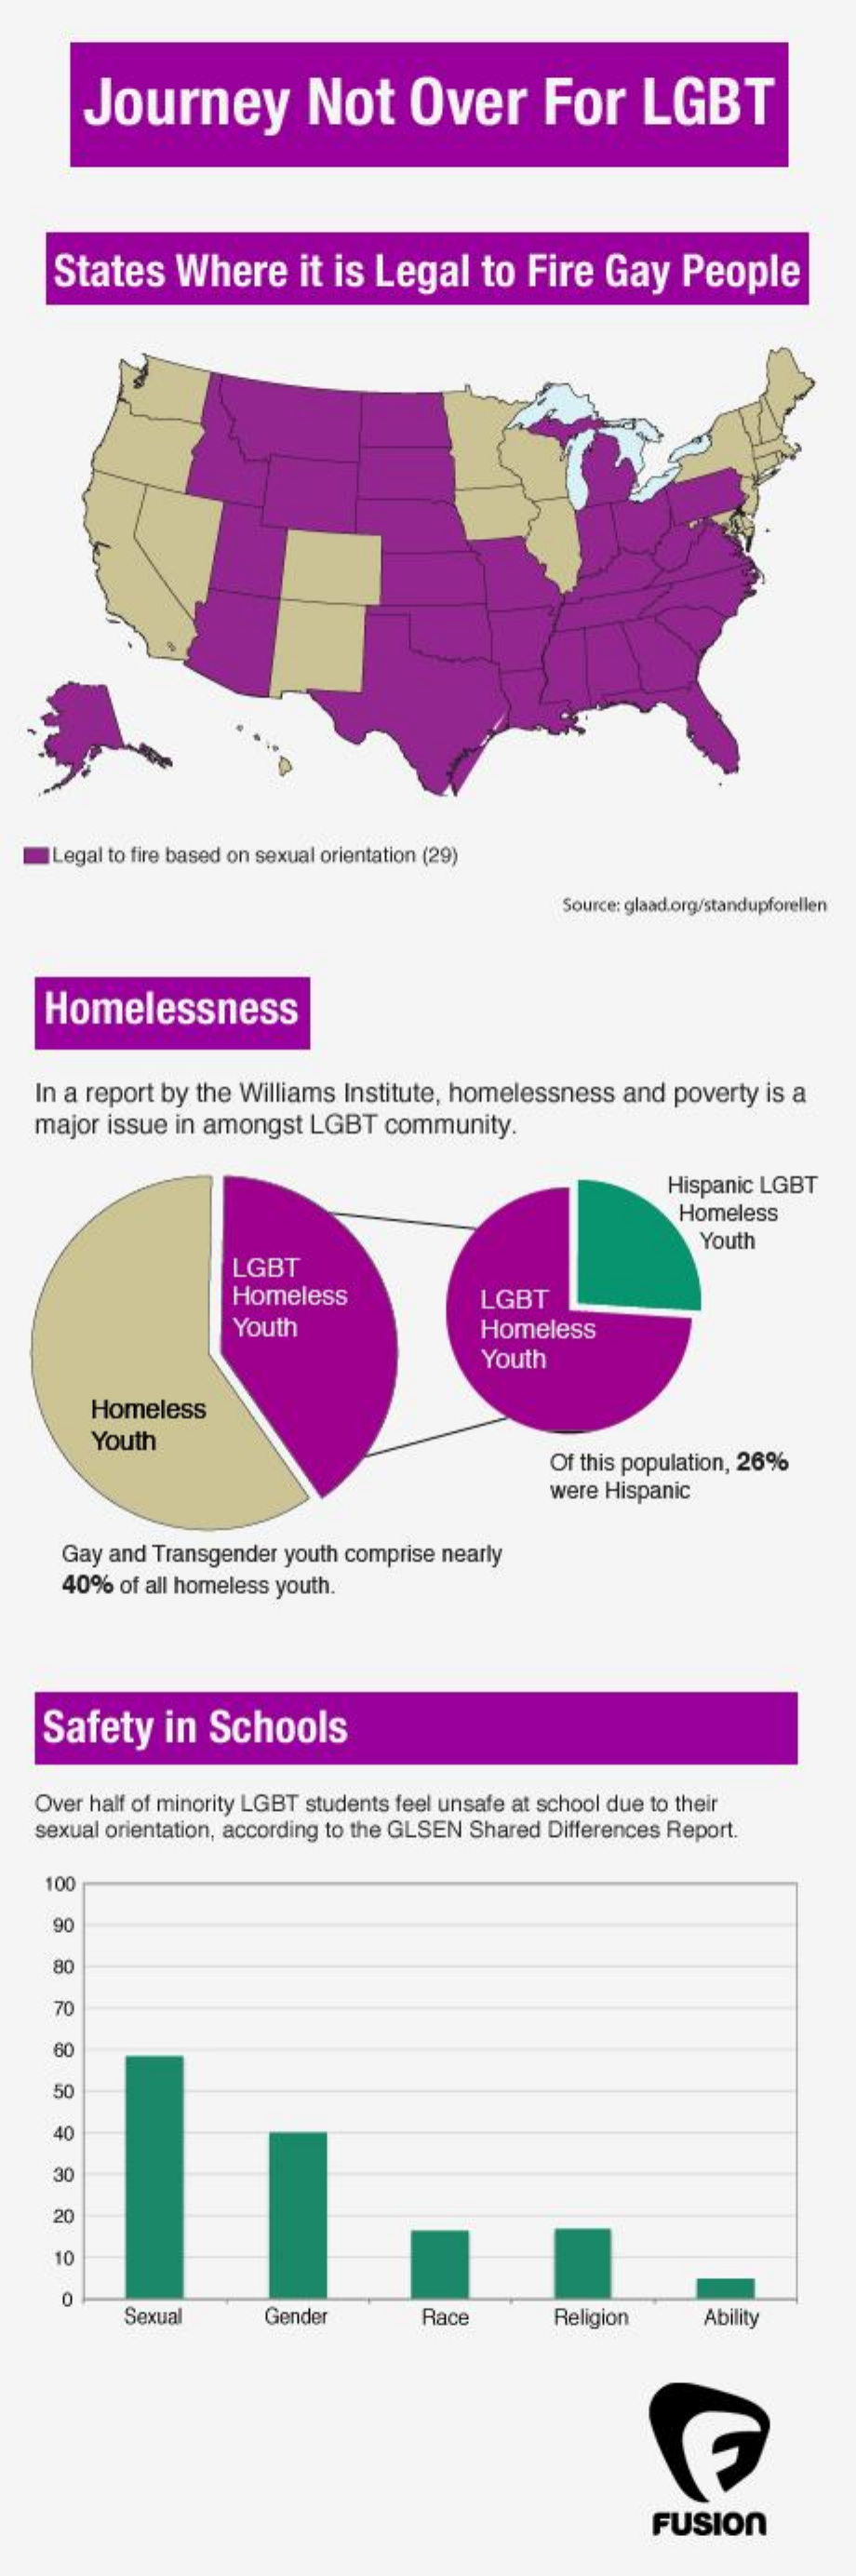
Journey    Not    Over    For    LGBT
     States    Where    it is Legal    to Fire   Gay    People
     Legal to fire based on sexual orientation (29)
     Source: glaad.org/standupforellen
    Homelessness
   In a report by the Williams Institute, homelessness and poverty is a
   major issue in amongst  LGBT  community.
     Hispanic LGBT
     Homeless
     Youth
     LGBT
     Homeless    LGBT
     Youth    Homeless
     Youth
     Homeless
     Youth
     Of this population, 26%
     were Hispanic
     Gay and Transgender youth comprise nearly
     40% of all homeless youth.
    Safety    in  Schools
   Over half of minority LGBT students feel unsafe at school due to their
    sexual orientation, according to the GLSEN Shared Differences Report.
     100
     90
     80
     70
     60
     50
     40
     30
     20
     10
     0
     Sexual    Gender    Race    Religion    Ability
     FUSION